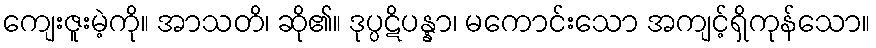
ကျေးဇူးမဲ့ကို။ အာသတိ၊ ဆို၏။ ဒုပ္ပဋိပန္နာ၊ မကောင်းသော အကျင့်ရှိကုန်သော။